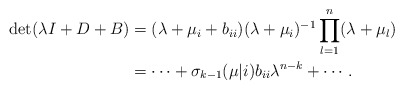
\begin{align*}\det(\lambda I+D+B)&=(\lambda+\mu_i+b_{ii})(\lambda+\mu_i)^{-1}\prod_{l=1}^{n}(\lambda+\mu_l)\\&=\cdots+\sigma_{k-1}(\mu|i)b_{ii}\lambda^{n-k}+\cdots.\end{align*}